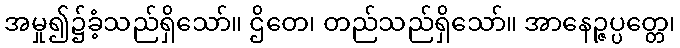
အမှု၍၌ခံ့သည်ရှိသော်။ ဌိတေ၊ တည်သည်ရှိသော်။ အာနေဉ္ဇပ္ပတ္တေ၊